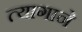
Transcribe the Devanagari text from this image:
त्यागाने